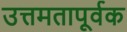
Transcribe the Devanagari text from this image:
उत्तमतापूर्वक